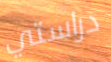
دراستي